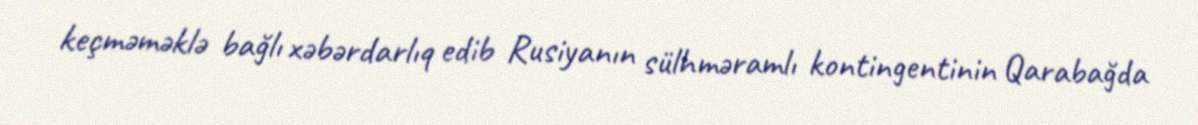
keçməməklə bağlı xəbərdarlıq edib Rusiyanın sülhməramlı kontingentinin Qarabağda